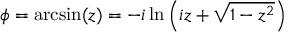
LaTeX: \phi = \arcsin ( z ) = - i \ln \left( i z + { \sqrt { 1 - z ^ { 2 } } } \right)